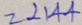
= 2 1 4 4